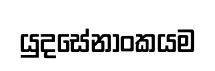
යුදසේනාංකයම